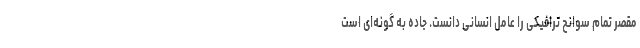
مقصر تمام سوانح ترافیکی را عامل انسانی دانست. جاده به گونه‌ای است